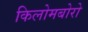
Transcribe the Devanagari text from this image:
किलोमबोरो